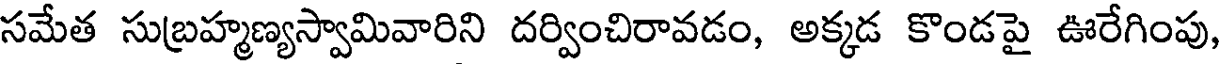
సమేత సుబ్రహ్మణ్యస్వామివారిని దర్వించిరావడం, అక్కడ కొండపై ఊరేగింపు,